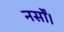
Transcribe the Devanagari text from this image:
नर्सों।